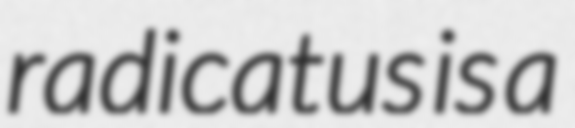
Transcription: radicatus is a